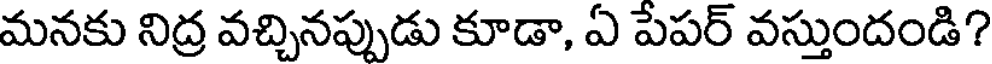
మనకు నిద్ర వచ్చినప్పుడు కూడా, ఏ పేపర్ వస్తుందండి?